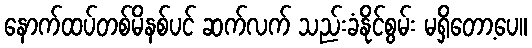
နောက်ထပ်တစ်မိနစ်ပင် ဆက်လက် သည်းခံနိုင်စွမ်း မရှိတော့ပေ။